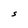
Character: S